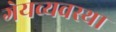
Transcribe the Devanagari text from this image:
गेयव्यवस्था